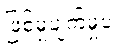
ဖြစ်မှုပျက်မှုပဲ။